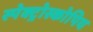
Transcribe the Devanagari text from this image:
स्पेक्ट्रोस्कोपिय